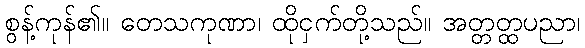
စွန့်ကုန်၏။ တေသကုဏာ၊ ထိုငှက်တို့သည်။ အတ္တတ္ထပညာ၊